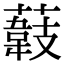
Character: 𦼽